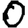
Digit: 0